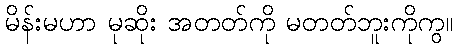
မိန်းမဟာ မုဆိုး အတတ်ကို မတတ်ဘူးကိုကွ။